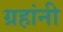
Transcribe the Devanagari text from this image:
ग्रहांनी